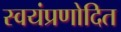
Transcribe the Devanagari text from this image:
स्वयंप्रणोदित